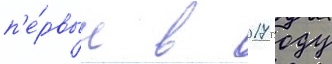
п'е́рвым в 2017 году